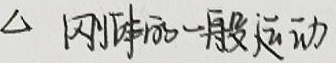
$\triangle$ 刚体的一般运动